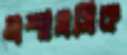
প্রশাসসিক